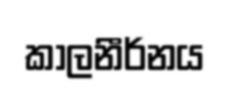
කාලනීර්නය